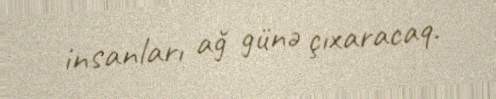
insanları ağ günə çıxaracaq.